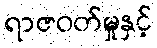
ရာဇဝတ်မှုနှင့်